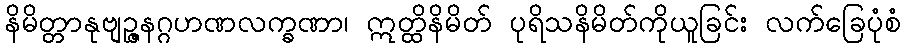
နိမိတ္တာနုဗျဉ္ဇနဂ္ဂဟဏလက္ခဏာ၊ ဣတ္ထိနိမိတ် ပုရိသနိမိတ်ကိုယူခြင်း လက်ခြေပုံစံ